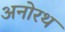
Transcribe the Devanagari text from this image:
अनोरथ